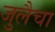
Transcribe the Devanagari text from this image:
जुलैचा